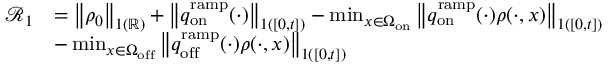
\begin{array} { r l } { \mathcal { R } _ { 1 } } & { = \left\| \rho _ { 0 } \right\| _ { \L { 1 } ( \mathbb { R } ) } + \left\| q _ { \mathrm { o n } } ^ { \mathrm { r a m p } } ( \cdot ) \right\| _ { \L { 1 } ( [ 0 , t ] ) } - \operatorname* { m i n } _ { x \in \Omega _ { \mathrm { o n } } } \left\| q _ { \mathrm { o n } } ^ { \mathrm { r a m p } } ( \cdot ) \rho ( \cdot , x ) \right\| _ { \L { 1 } ( [ 0 , t ] ) } } \\ & { - \operatorname* { m i n } _ { x \in \Omega _ { \mathrm { o f f } } } \left\| q _ { \mathrm { o f f } } ^ { \mathrm { r a m p } } ( \cdot ) \rho ( \cdot , x ) \right\| _ { \L { 1 } ( [ 0 , t ] ) } } \end{array}